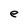
Character: e